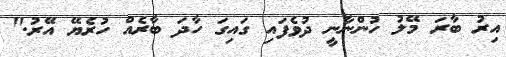
އިރު ބާރަ މޭލު ހުންނާނީ ދުވެފައި ގައިގަ ހާދަ ބާރެއް ހުރެޔޭ އޭރު."